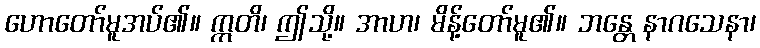
ဟောတော်မူအပ်၏။ ဣတိ၊ ဤသို့။ အာဟ၊ မိန့်တော်မူ၏။ ဘန္တေ နာဂသေနာ၊